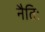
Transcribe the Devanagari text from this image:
नैतिः